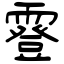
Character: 霯